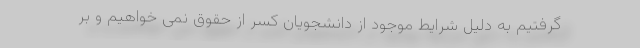
گرفتیم به دلیل شرایط موجود از دانشجویان کسر از حقوق نمی خواهیم و بر